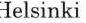
Helsinki